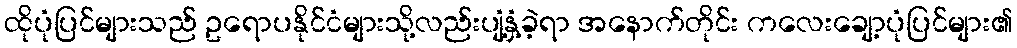
ထိုပုံပြင်များသည် ဥရောပနိုင်ငံများသို့လည်းပျံ့နှံ့ခဲ့ရာ အနောက်တိုင်း ကလေးချော့ပုံပြင်များ၏